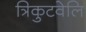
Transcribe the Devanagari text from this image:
त्रिकुटवेलि